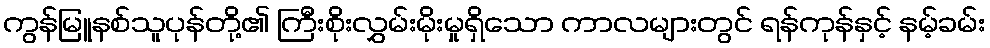
ကွန်မြူနစ်သူပုန်တို့၏ ကြီးစိုးလွှမ်းမိုးမှုရှိသော ကာလများတွင် ရန်ကုန်နှင့် နမ့်ခမ်း